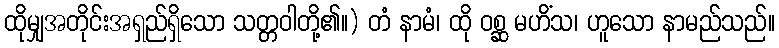
ထိုမျှအတိုင်းအရှည်ရှိသော သတ္တဝါတို့၏။) တံ နာမံ၊ ထို ဝစ္ဆ မဟိံသ၊ ဟူသော နာမည်သည်။